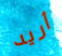
أريد